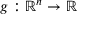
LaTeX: g : \mathbb { R } ^ { n } \rightarrow \mathbb { R }